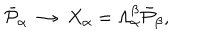
LaTeX: \bar { { \cal P } } _ { \alpha } \; \rightarrow \; X _ { \alpha } = \Lambda _ { \alpha } ^ { \beta } \bar { { \cal P } } _ { \beta } ,